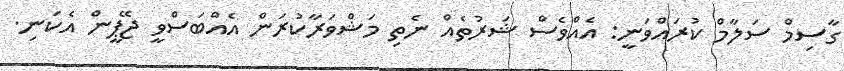
ގާސިމް ސަލާމް ކުރައްވަނީ: އެއްވެސް ޝަރުތެއް ނެތި މަޝްވަރާކުރަން އެއްބަސްވީ ޖޭޕީން އެކަނި.